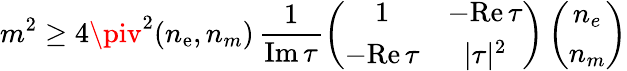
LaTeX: m^{2}\geq4\piv^{2}(n_{\mathrm{e}},n_{m})\, \frac{{1}}{{\mathrm{{Im}}\, \tau}}\left(\begin{array}{cc}{{1}}&{{-\mathrm{Re}\, \tau}}\\ {{-\mathrm{Re}\, \tau}}&{{|\tau|^{2}}}\end{array}\right)\left(\begin{array}{c}{{n_{e}}}\\ {{n_{m}}}\end{array}\right)